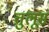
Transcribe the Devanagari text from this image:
तुलूस